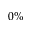
0 \%